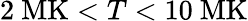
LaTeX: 2~\mathrm{MK}<T<10~\mathrm{MK}